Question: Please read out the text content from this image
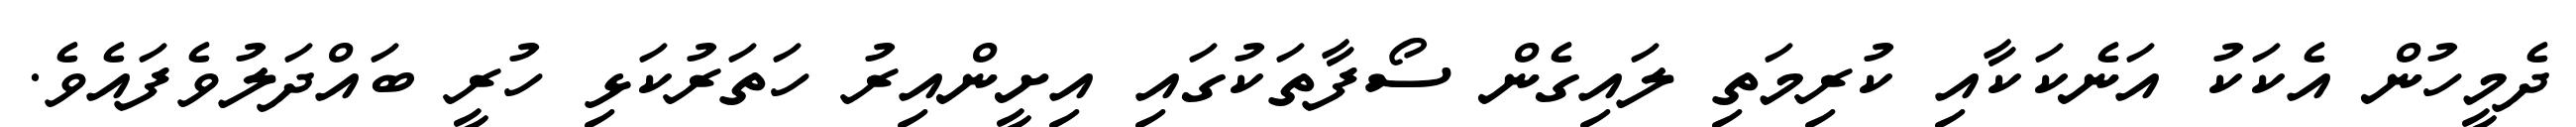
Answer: ދެމީހުން އެކަކު އަނެކަކާއި ކުރިމަތި ލައިގެން ސޯފާތަކުގައި އިށީންއިރު ހަތަރުކަޅި ހުރީ ބައްދަލުވެފައެވެ.